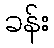
ခန်း